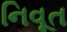
નિવૂત